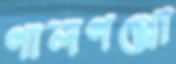
গালগপ্পো